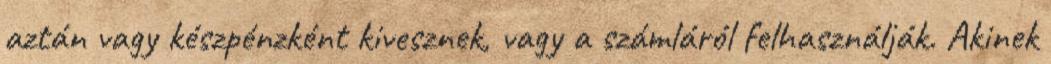
aztán vagy készpénzként kivesznek, vagy a számláról felhasználják. Akinek